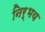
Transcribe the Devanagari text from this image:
निर्भय